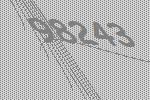
98243